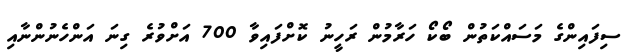
ސިފައިންގެ މަސައްކަތުން ބޯކޯ ހަރާމުން ރަހީނު ކޮށްފައިވާ 700 އަށްވުރެ ގިނަ އަންހެނުންނާއި